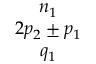
\begin{array} { c } { n _ { 1 } } \\ { 2 p _ { 2 } \pm p _ { 1 } } \\ { q _ { 1 } } \end{array}